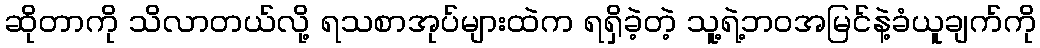
ဆိုတာကို သိလာတယ်လို့ ရသစာအုပ်များထဲက ရရှိခဲ့တဲ့ သူ့ရဲ့ဘဝအမြင်နဲ့ခံယူချက်ကို